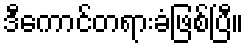
ဒီကောင်တရားခံဖြစ်ပြီ။